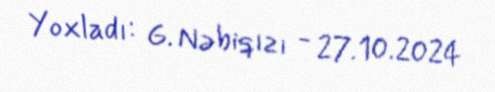
Yoxladı: G. Nəbiqızı - 27.10.2024